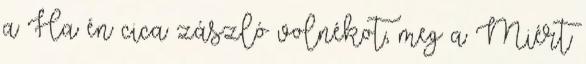
a Ha én cica zászló volnékot, meg a Miért